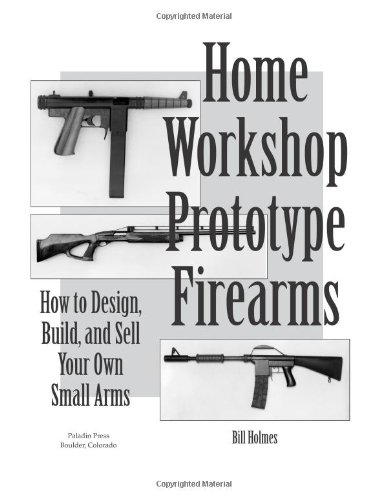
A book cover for How to Design, Build, and Sell Your Own Small Arms (Home Workshop Guns for Defense & Resistance); Bill Holmes; Crafts, Hobbies & Home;